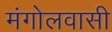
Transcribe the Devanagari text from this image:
मंगोलवासी